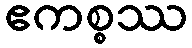
ဧကစ္စဿ